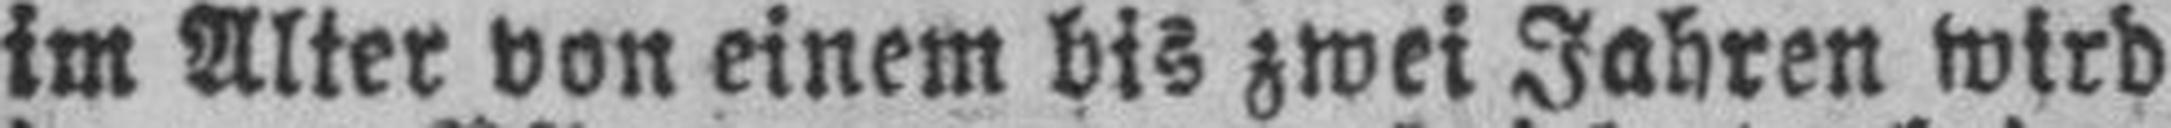
im Alter von einem bis zwei Jahren wird